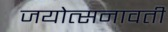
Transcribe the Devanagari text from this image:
जयोत्सनावती